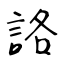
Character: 詻